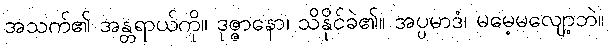
အသက်၏ အန္တရာယ်ကို။ ဒုဇ္ဇာနော၊ သိနိုင်ခဲ၏။ အပ္ပမာဒံ၊ မမေ့မလျော့ဘဲ။